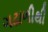
ગઢાળીથી